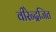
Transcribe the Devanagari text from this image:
वीरेन्द्रजित